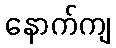
နောက်ကျ